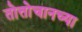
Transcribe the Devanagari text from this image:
तोत्तोचानच्या